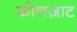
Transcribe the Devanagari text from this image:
कोलज़ाट